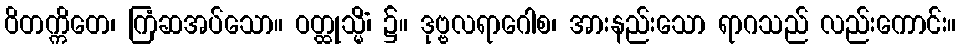
ဝိတက္ကိတေ၊ ကြံဆအပ်သော။ ဝတ္ထုသ္မိံ၊ ၌။ ဒုဗ္ဗလရာဂေါစ၊ အားနည်းသော ရာဂသည် လည်းကောင်း။